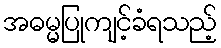
အဓမ္မပြုကျင့်ခံရသည့်